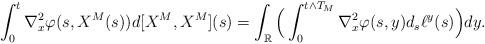
LaTeX: \begin{align*}\int_0^{t}\nabla^2_{x}\varphi(s,X^M(s))d[X^M,X^M](s) = \int_{\mathbb{R}}\Big(\int_0^{t\wedge T_M}\nabla^2_{x}\varphi(s,y)d_s\ell^y(s)\Big)dy.\end{align*}